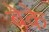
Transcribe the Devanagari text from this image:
बेके